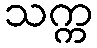
သက္က